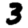
Digit: 3